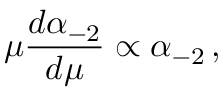
\mu { \frac { d \alpha _ { - 2 } } { d \mu } } \propto \alpha _ { - 2 } \nonumber \, ,